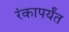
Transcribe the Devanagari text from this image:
रंकापर्यंत